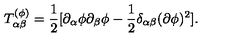
T _ { \alpha \beta } ^ { ( \phi ) } = { \frac { 1 } { 2 } } [ \partial _ { \alpha } \phi \partial _ { \beta } \phi - { \frac { 1 } { 2 } } \delta _ { \alpha \beta } ( \partial \phi ) ^ { 2 } ] .